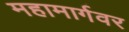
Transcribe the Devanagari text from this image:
महामार्गवर